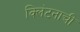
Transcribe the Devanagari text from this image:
क्लिंटनाची